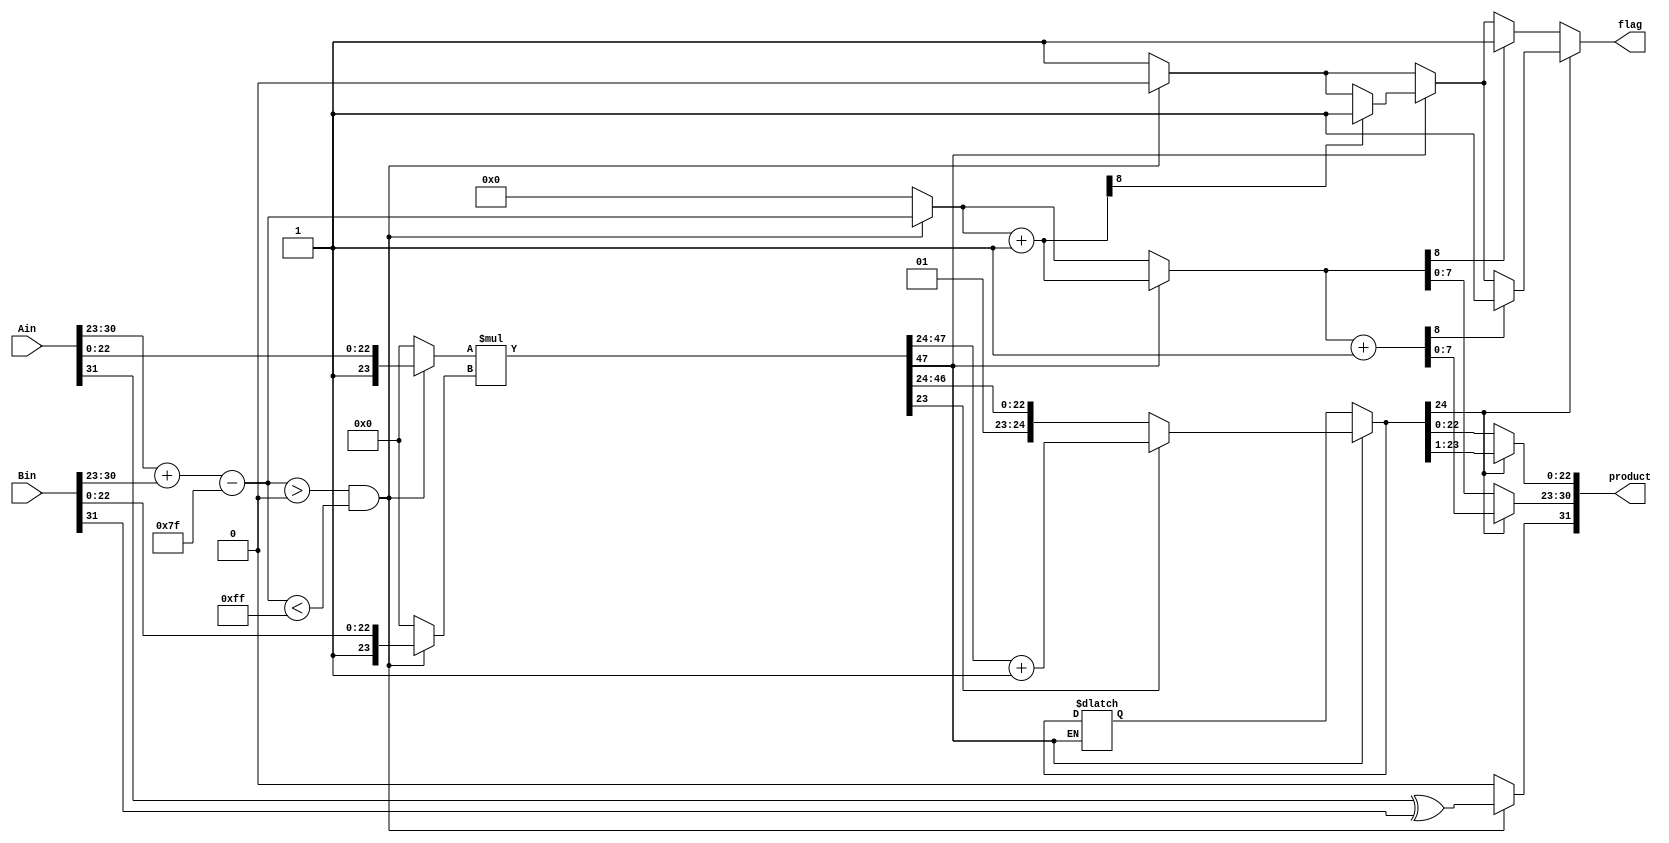
module fpalu_multiplier(Ain,Bin,product,flag);
input [31:0]Ain,Bin; 
output reg [31:0]product;
//input clk;
reg sign;
reg [8:0]exp,fexp1,fexp2;
output reg flag;
//for internal computations
reg [23:0]a,b;
reg [47:0]s,sum;
reg [24:0]sum1,sum2;



always @(*)
	begin
	//if(start)

	exp =Ain[30:23]+Bin[30:23]-8'd127; //Adding exponents of the two inputs and subtracting the bias to get new biased exponent
	
		if(exp> 0 && exp <255)//
			begin
			a={1'b1,Ain[22:0]};
                    	b={1'b1,Bin[22:0]};
                    	sign=Ain[31]^Bin[31];
                    	flag=1'b0;
			end
		else 
			begin 
 			a=24'd0;
                    	b=24'd0;
                    	exp=9'd0;
                    	sign=1'b0;
                    	flag=1'b1; 
			end 

s=a*b;


	if(s[47])
		begin
		sum=s>>1;
		fexp1=exp+1'b1;

		if(fexp1[8])
                    begin

                        flag=1'b1;  

                    end                
		         begin   
			        if(sum[22]==1'b1)
			                begin
				            sum1=sum[47:23]+1'b1;
				        end 
				else
				        begin
				            sum1=sum[47:23];
				        end

		        end
		end
	else 
	    begin
                sum=s;
                fexp1=exp; 
	                
	end

	if(sum1[24]==1'b1)
	    begin
		sum2=sum1>>1;
		fexp2=fexp1+1'b1;
			if(fexp2[8])
			    begin
				  flag=1'b1;     
		    		end
	    end
	else
            begin
		sum2=sum1;
                fexp2=fexp1;    
	                if(fexp2[8])
		                    begin
		                        flag=1'b1;        
		                    end
            end

product={sign,fexp2[7:0],sum2[22:0]};
end 
endmodule